65_HS1-834228961_62-HQ-83894_Serial_130
Agency: FBI
Page 71
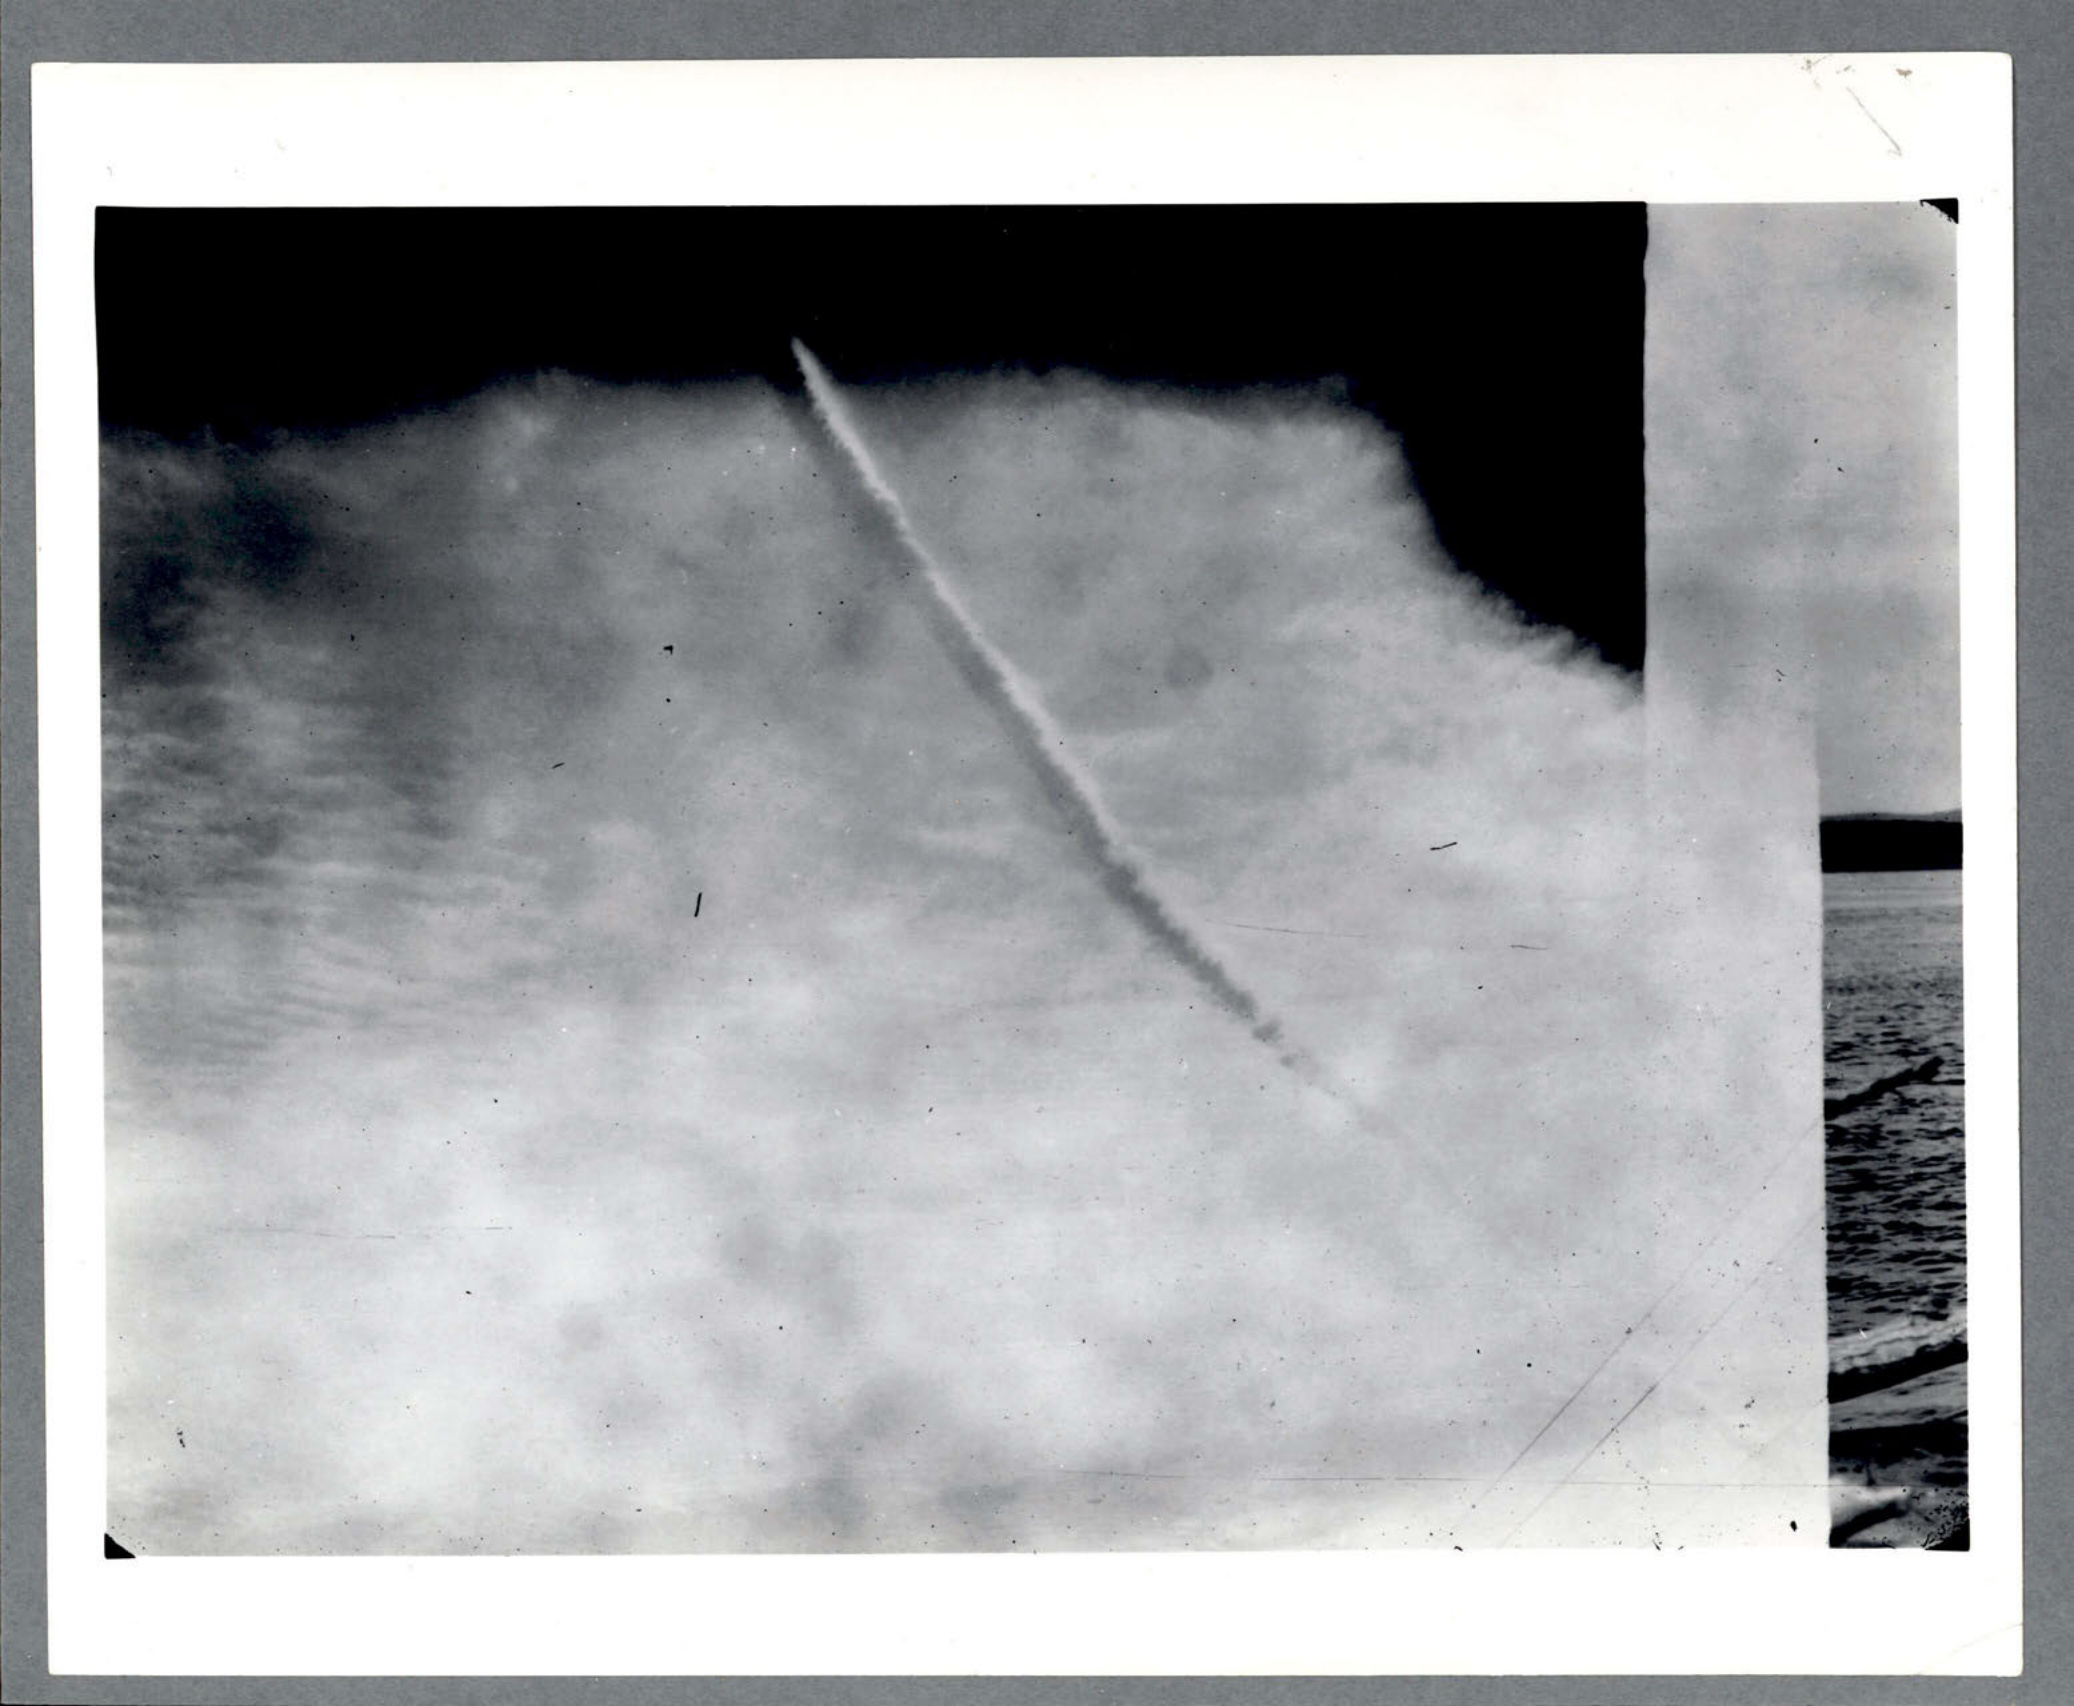